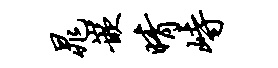
晁嵌晴峙